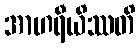
အာဟရီယိဿတိ